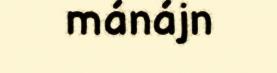
mánájn